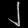
Digit: ၂